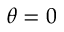
\theta = 0